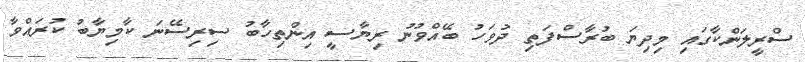
ސްރީލަންކާގައި މިދިޔަ ބުރާސްފަތި ދުވަހު ބޭއްވުނު ރިޔާސީ އިންތިހާބު ސިރިސޭނަ ކާމިޔާބު ކުރައްވާ